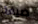
ضيقة